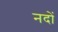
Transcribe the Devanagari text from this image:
नदों